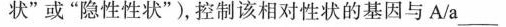
性状”或”隐性性状”)，控制该相对性状的基因与A/a___